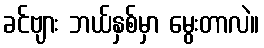
ခင်ဗျား ဘယ်နှစ်မှာ မွေးတာလဲ။